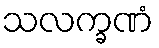
သလက္ခဏံ